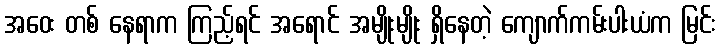
အဝေး တစ် နေရာက ကြည့်ရင် အရောင် အမျိုးမျိုး ရှိနေတဲ့ ကျောက်ကမ်းပါးယံက မြင်း